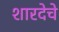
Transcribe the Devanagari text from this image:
शारदेचे